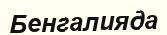
Бенгалияда